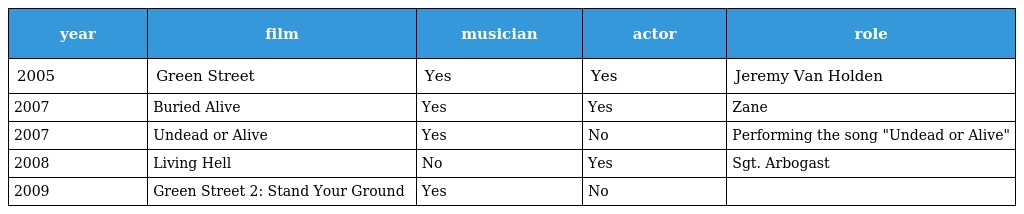
| year | film | musician | actor | role |
 | --- | --- | --- | --- | --- |
 | 2005 | Green Street | Yes | Yes | Jeremy Van Holden |
 | 2007 | Buried Alive | Yes | Yes | Zane |
 | 2007 | Undead or Alive | Yes | No | Performing the song "Undead or Alive" |
 | 2008 | Living Hell | No | Yes | Sgt. Arbogast |
 | 2009 | Green Street 2: Stand Your Ground | Yes | No |  |